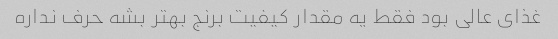
غذای عالی بود فقط یه مقدار کیفیت برنج بهتر بشه حرف نداره